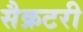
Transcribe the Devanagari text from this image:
सैक्रटरी